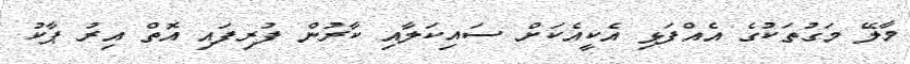
މާލޭ މަގުތަކުގެ އެއްފަޅި އެކީއެކަށް ސައިކަލާއި ކާރުން ފުރިފައި އޮތް އިރު ޕާކު